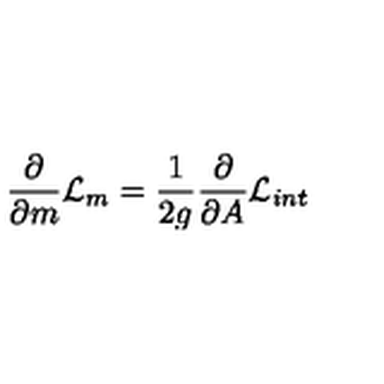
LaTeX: \frac { \partial } { { \partial } m } { \cal { L } } _ { m } = \frac { 1 } { 2 g } \frac { \partial } { \partial A } { \cal { L } } _ { i n t }